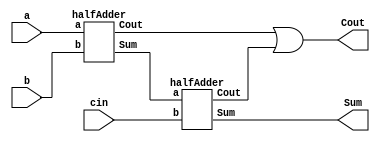
module fullAdderUsinfHalf (Sum,Cout,a,b,cin);
input a , b, cin;
output Sum,Cout;
wire s1,c1,c2;
halfAdder h1(s1,c1,a,b);
halfAdder h2(Sum,c2,s1,cin);
or(Cout , c1,c2);
endmodule


module halfAdder (Sum,Cout,a,b);
input a,b;
output Sum,Cout;
xor(Sum,a,b);
and(Cout,a,b);
endmodule